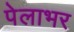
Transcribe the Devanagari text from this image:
पेलाभर